Lunatic asylums Central Provinces reports 1910-1926 - 1910-1926
Year: 1910
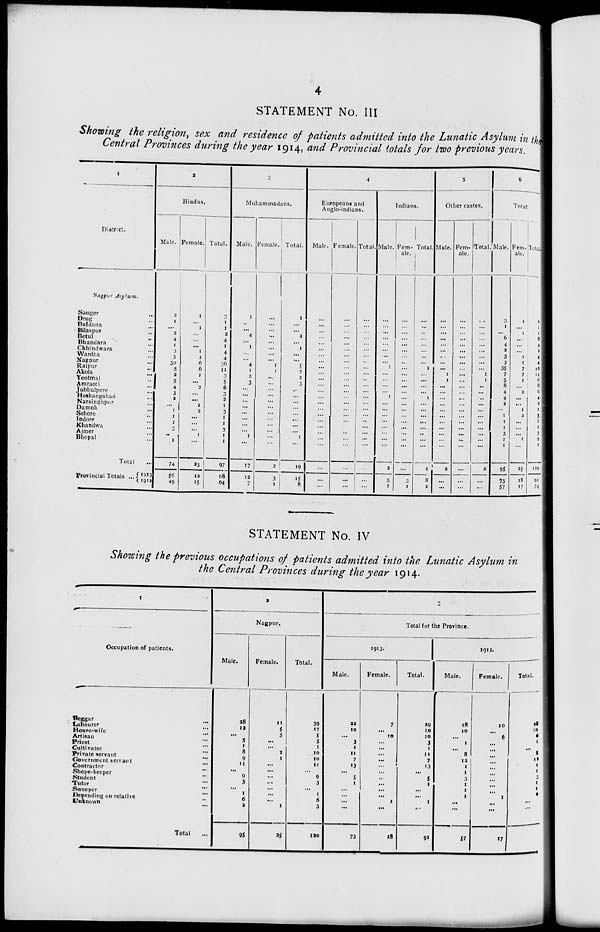
4
STATEMENT No. III
Showing the religion, sex and residence of patients admitted into the Lunatic Asylum in the
Central Provinces during the year 1914, and Provincial totals for two previous years.
1
District.
Nagpur Asylum.
Saugor ...
Drug ...
Buldana ...
Bilaspur ...
Betul ...
Bhandara ...
Chhindwara ...
Wardha ...
Nagpur ...
Raipur ...
Akola ...
Yeotmal ...
Amraoti ...
Jubbulpore ...
Hoshangabad ...
Narsinghpur ...
Damoh ...
Sehore ...
Indore ...
Khandwa ...
Ajmer ...
Bhopal ...
Total ...
Provincial Totals ... 1913
1912
2
Hindus.
Male.
2
1
...
2
4
1
3
3
30
5
2
5
4
3
2
...
1
1
1
3
...
1
74
56
49
Female.
1
...
1
...
...
...
1
1
6
6
1
...
2
...
...
1
2
...
...
...
1
...
23
12
15
Total.
3
1
1
2
4
1
4
4
36
11
3
5
6
3
2
1
3
1
1
3
1
1
97
68
64
3
Muhammadans.
Male.
1
...
...
4
...
1
...
...
4
1
2
3
...
...
...
...
...
...
...
...
1
...
17
12
7
Female.
...
...
...
...
...
...
...
...
1
1
...
...
...
...
...
...
...
...
...
...
...
...
2
3
1
Total.
1
...
...
4
...
1
...
...
5
2
2
3
...
...
...
...
...
...
...
...
1
...
19
15
8
4
Europeans and
Anglo-indians.
Male.
...
...
...
...
...
...
...
...
...
...
...
...
...
...
...
...
...
...
...
...
...
...
...
...
...
Female.
...
...
...
...
...
...
...
...
...
...
...
...
...
...
...
...
...
...
...
...
...
...
...
...
...
Total.
...
...
...
...
...
...
...
...
...
...
...
...
...
...
...
...
...
...
...
...
...
...
...
...
...
Indians.
Male.
...
...
...
...
...
...
...
...
1
...
...
...
...
1
...
...
...
...
...
...
...
...
2
5
1
Fem-
ale.
...
...
...
...
...
...
...
...
...
...
...
...
...
...
...
...
...
...
...
...
...
...
...
3
1
Total.
...
...
...
...
...
...
...
...
1
...
...
...
...
1
...
...
...
...
...
...
...
...
2
8
2
5
Other castes.
Male.
...
...
...
...
...
...
...
...
...
1
1
...
...
...
...
...
...
...
...
...
...
...
2
...
...
Fem-
ale.
...
...
...
...
...
...
...
...
...
...
...
...
...
...
...
...
...
...
...
...
...
...
...
...
...
Total.
...
...
...
...
...
...
...
...
...
1
1
...
...
...
...
...
...
...
...
...
...
...
2
...
...
6
Total
Male.
3
1
...
6
4
2
3
3
35
7
5
8
4
4
2
...
1
1
1
3
1
1
95
73
57
Fem-
ale.
1
...
1
...
...
...
1
1
7
7
1
...
2
...
...
1
2
...
...
...
1
...
25
18
17
Total.
4
1
1
6
4
2
4
4
42
14
6
8
6
4
2
1
3
1
1
3
2
1
120
91
74
STATEMENT No. IV
Showing the previous occupations of patients admitted into the Lunatic Asylum in
the Central Provinces during the year 1914.
1
Occupation of patients.
Beggar ...
Labourer ...
House-wife ...
Artisan ...
Priest ...
Cultivator ...
Private servant ...
Government servant ...
Contractor ...
Shope-keeper ...
Student ...
Tutor ...
Sweeper ...
Depending on relative ...
Unknown ...
Total ...
2
Nagpur.
Male.
28
12
...
5
1
8
9
11
...
9
3
...
1
6
2
95
Female.
11
5
5
...
...
2
1
...
...
...
...
...
...
...
1
25
Total.
39
17
5
5
1
10
10
11
...
9
3
...
1
6
3
120
3
Total for the Province.
1913.
Male.
22
10
...
3
1
11
7
13
...
5
1
...
...
...
...
73
Female.
7
...
10
...
...
...
...
...
...
...
...
...
...
1
...
18
Total.
29
10
10
3
1
11
7
13
...
5
1
...
...
1
...
91
1912.
Male.
18
10
...
1
...
8
12
1
1
3
1
1
1
...
...
57
Female.
10
...
6
...
...
...
...
...
...
...
...
...
1
...
...
17
Total.
16
10
6
1
...
8
12
1
1
3
1
1
2
...
...
74